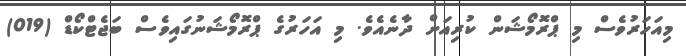
މިއަހަރުވެސް މި ޕްރޮމޯޝަން ކުރިއަށް ދާނެއެވެ. މި އަހަރުގެ ޕްރޮމޯޝަނުގައިވެސް ބަޖެޓްކޯޑް (019)